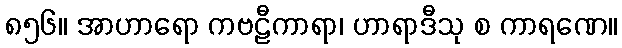
၈၅၆။ အာဟာရော ကဗဠီကာရာ၊ ဟာရာဒီသု စ ကာရဏေ။